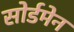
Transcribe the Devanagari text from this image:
सोर्डमेन